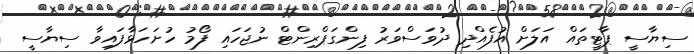
ސިޔާސީ ޕާޓީތައް އަލަށް އުފެއްދި ދުވަސްވަރު ފިންގަޕްރިންޓް ނުޖަހައި ފޯމު ހުށަހަޅާފައިވާ ސިޔާސީ